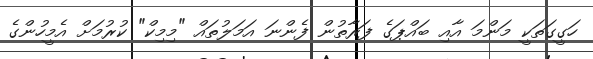
ހަގީގަތަކީ މަންމަ އާއި ބައްޕަގެ ފަރާތުން ފެންނަ އަމަލުތައް "މިމިކް" ކުރުމަށް އެމީހުންގެ